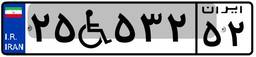
۲۵W۵۳۲۵۲